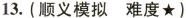
13. (顺义模拟 难度★)